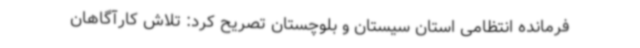
فرمانده انتظامی استان سیستان و بلوچستان تصریح کرد: تلاش کارآگاهان